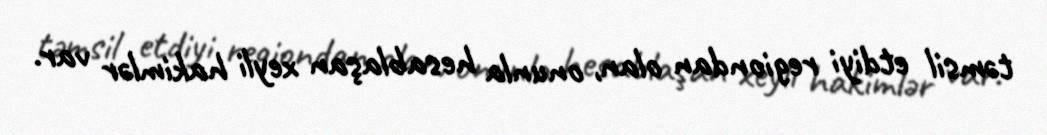
təmsil etdiyi regiondan olan, onunla hesablaşan xeyli hakimlər var.